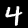
Digit: 4